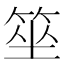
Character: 𥭭